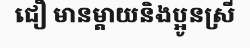
ជឿ មានម្តាយនិងប្អូនស្រី